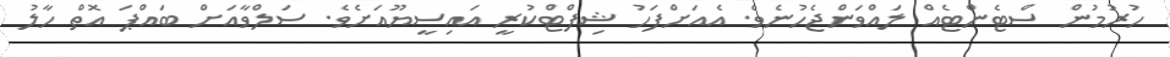
ހުރުމުން ސްޓެންޓެއް ލައްވަންޖެހުނެވެ. އެއަށްފަހު ޝިފްޓްކުރީ އައިސީޔޫއަށެވެ. ސަލްވާއަށް ބައްޕަ އޮތް ހާލު